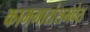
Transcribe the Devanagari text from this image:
कामगारांसमवेत